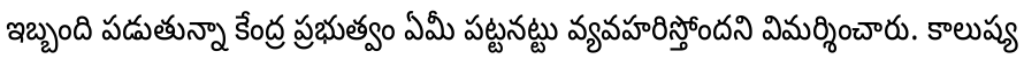
ఇబ్బంది పడుతున్నా కేంద్ర ప్రభుత్వం ఏమీ పట్టనట్టు వ్యవహరిస్తోందని విమర్శించారు. కాలుష్య